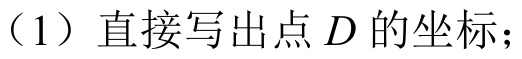
（1）直接写出点 \(D\) 的坐标；